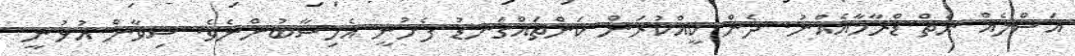
އަސްލެއް ނެތް ޑްރާމާއެއްނު. ދެން ކީއްކުރަން ކަންތައްގަނޑު ފެށުނީ އެހިސާބުންނެވެ. ޝިވާން އުޅުނީ